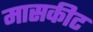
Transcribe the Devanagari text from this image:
मासकीट